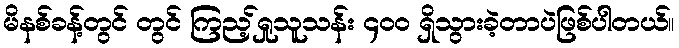
မိနစ်ခန့်တွင် တွင် ကြည့်ရှုသူသန်း ၄၀၀ ရှိသွားခဲ့တာပဲဖြစ်ပါတယ်။